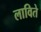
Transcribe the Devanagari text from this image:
लाविते